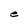
Character: e